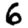
Digit: 6